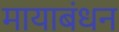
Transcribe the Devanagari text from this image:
मायाबंधन